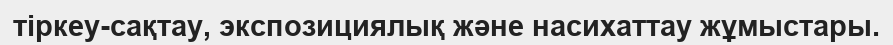
тіркеу-сақтау, экспозициялық және насихаттау жұмыстары.